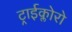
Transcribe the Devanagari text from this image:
ट्राईक्लोरो